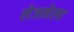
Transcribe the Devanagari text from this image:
लेजनेला